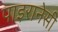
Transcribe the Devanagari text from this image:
पाइरानेसी